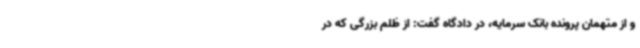
و از متهمان پرونده بانک سرمایه، در دادگاه گفت: از ظلم بزرگی که در